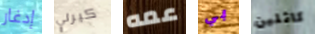
إدغار كيرلي عمه بي كاثلين